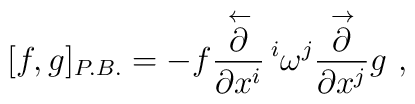
[f,g]_{P.B.}=-f \displaystyle\frac{\stackrel{\leftarrow}{\partial}}{\partial x^{i}}\,^i\omega^j \displaystyle\frac{\stackrel{\rightarrow}{\partial}}{\partial x^{j}}g~,